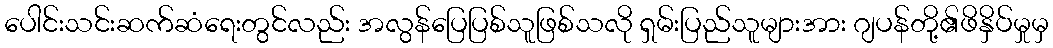
ပေါင်းသင်းဆက်ဆံရေးတွင်လည်း အလွန်ပြေပြစ်သူဖြစ်သလို ရှမ်းပြည်သူများအား ဂျပန်တို့၏ဖိနှိပ်မှုမှ